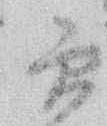
実